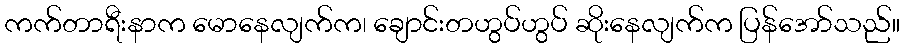
ကက်တာရီးနာက မောနေလျက်က၊ ချောင်းတဟွပ်ဟွပ် ဆိုးနေလျက်က ပြန်အော်သည်။